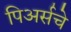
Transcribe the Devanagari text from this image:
पिअर्सचे